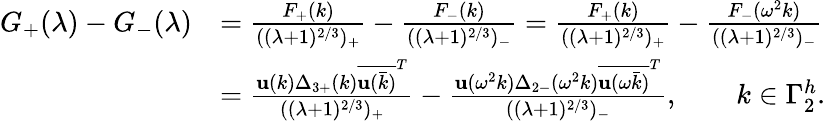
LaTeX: \begin{array}{rl}{G_{+}(\lambda)-G_{-}(\lambda)}&{=\frac{F_{+}(k)}{((\lambda+1)^{2/3})_{+}}-\frac{F_{-}(k)}{((\lambda+1)^{2/3})_{-}}=\frac{F_{+}(k)}{((\lambda+1)^{2/3})_{+}}-\frac{F_{-}(\omega^{2}k)}{((\lambda+1)^{2/3})_{-}}}\\ &{=\frac{\mathbf{u}(k)\Delta_{3+}(k)\overline{{\mathbf{u}(\bar{k})}}^{T}}{((\lambda+1)^{2/3})_{+}}-\frac{\mathbf{u}(\omega^{2}k)\Delta_{2-}(\omega^{2}k)\overline{{\mathbf{u}(\omega\bar{k})}}^{T}}{((\lambda+1)^{2/3})_{-}},\qquad k\in\Gamma_{2}^{h}.}\end{array}